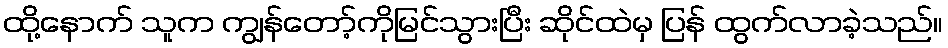
ထို့နောက် သူက ကျွန်တော့်ကိုမြင်သွားပြီး ဆိုင်ထဲမှ ပြန် ထွက်လာခဲ့သည်။